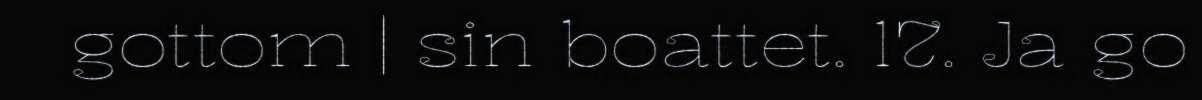
gottom | sin boattet. 17. Ja go